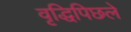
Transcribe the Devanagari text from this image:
वृद्धिपिछले